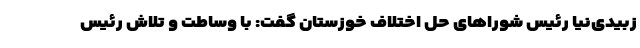
زبیدی‌نیا رئیس شورا‌های حل اختلاف خوزستان گفت: با وساطت و تلاش رئیس